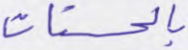
بالحسنات